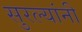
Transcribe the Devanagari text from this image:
सुरल्यांनी